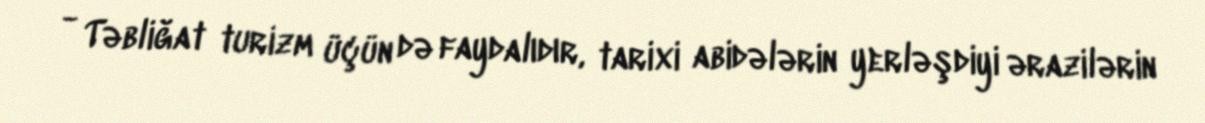
- Təbliğat turizm üçün də faydalıdır, tarixi abidələrin yerləşdiyi ərazilərin